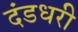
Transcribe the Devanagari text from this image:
दंडधरी